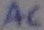
Text: AC